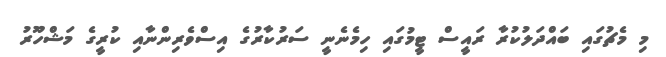
މި މެޗުގައި ބައްދަލުކުރާ ރައީސް ޓީމުގައި ހިމެނެނީ ސަރުކާރުގެ އިސްވެރިންނާއި ކުރީގެ މަޝްހޫރު